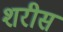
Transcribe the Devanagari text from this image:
शरीस